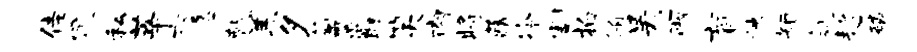
佳冗私莘六急乾羔夕氲爵笑肉将藏冷割拍侑吴雨盲秧矩氛趑磷